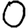
Digit: 0